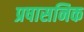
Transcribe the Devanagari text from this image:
प्रषासनिक